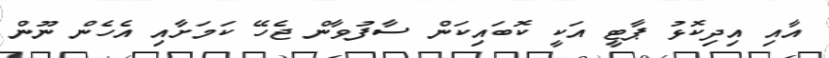
އާއި އިދިކޮޅު ޕާޓީ އަކީ ކޮބައިކަން ސާފުވާން ޖެހޭ ކަމަށާއި އެހެން ނޫން